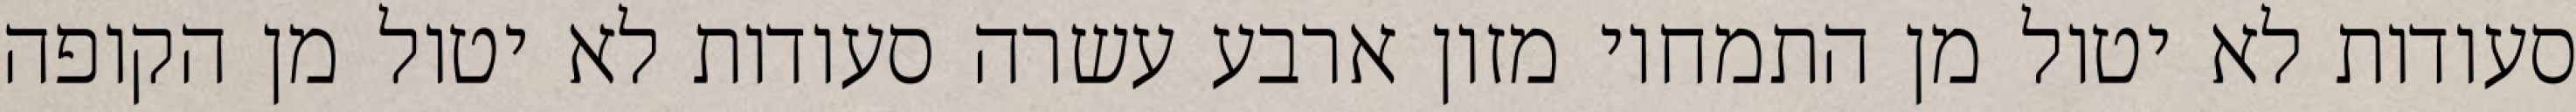
סעודות לא יטול מן התמחוי מזון ארבע עשרה סעודות לא יטול מן הקופה